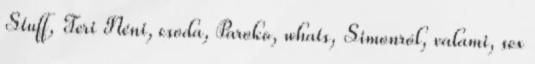
Stuff, Teri Néni, csoda, Paroko, whats, Simonról, valami, sex